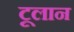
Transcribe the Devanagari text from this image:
टूलान